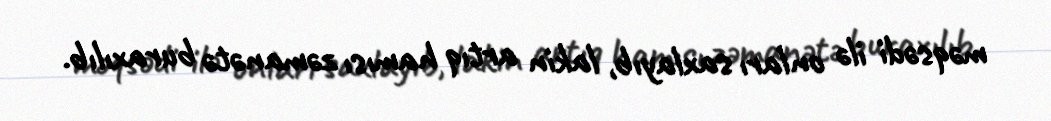
məqsədi ilə onları saxlayıb, lakin artıq hamısı zəmanətə buraxılıb.